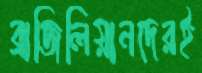
ব্রাজিলিয়ানদেরই